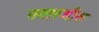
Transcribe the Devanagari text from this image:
नगारजीस